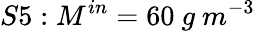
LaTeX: S5:M^{in}=60\ g\ m^{-3}